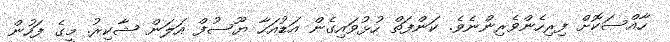
ހާއްސަކޮށް ފިރިހެންވެރިންނެވެ. ކަންފަތް ހުޅުވައިގެން އަޑުއަހާ ޔޫސުފް އަލަން ޝާކިރު. މީގެ ފަހުން